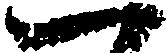
一